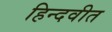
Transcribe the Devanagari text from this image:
हिन्दवीत